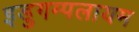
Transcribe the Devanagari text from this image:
इडुगम्पलायम